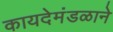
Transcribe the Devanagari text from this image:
कायदेमंडळाने